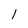
Character: l